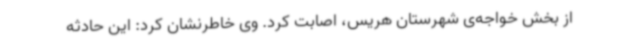
از بخش خواجه‌ی شهرستان هریس، اصابت کرد. وی خاطرنشان کرد: این حادثه